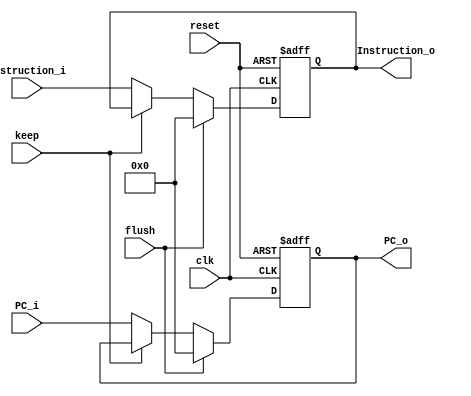
`timescale 1ns / 1ps
//////////////////////////////////////////////////////////////////////////////////
// Company: 
// Engineer: 
// 
// Design Name: 
// Module Name: IF_ID
// Project Name: 
// Target Devices: 
// Tool Versions: 
// Description: 
// 
// Dependencies: 
// 
// Revision:
// Revision 0.01 - File Created
// Additional Comments:
// 
//////////////////////////////////////////////////////////////////////////////////


module IF_ID(
    //input
    input clk,       
    input reset,     
    input flush,
    input keep,       
    input [32 -1:0]PC_i,      
    input [32 -1:0]Instruction_i,  
//output
    output reg [32 -1:0] PC_o,          
    output reg [32 -1:0]Instruction_o  
    );
    
    always @(posedge reset or posedge clk) begin
        if(reset) begin
            PC_o <= 32'h00000000;
            Instruction_o <= 32'h00000000;
        end
        else if (flush) begin
            PC_o <= 32'h00000000;
            Instruction_o <= 32'h00000000;
        end
        else if(keep) begin
            PC_o <= PC_o;
            Instruction_o <= Instruction_o;
        end
        else begin
            PC_o <= PC_i;
            Instruction_o <= Instruction_i;
        end
    end
    
    
endmodule